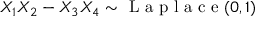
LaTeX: X _ { 1 } X _ { 2 } - X _ { 3 } X _ { 4 } \sim { \textrm { L a p l a c e } } ( 0 , 1 )